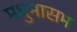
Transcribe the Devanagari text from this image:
मधुमासम